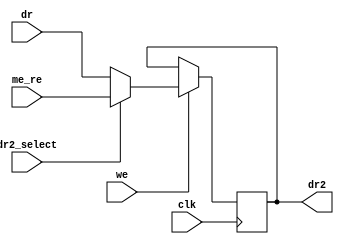
module data_register2(clk, we, dr, me_re, dr2_select, dr2);
   input clk, we;
   input [31:0] dr, me_re;
   input 	dr2_select;
   output reg [31:0] dr2;

   always @(posedge clk) begin
      if (we == 1'b1) begin
	 dr2 <= (dr2_select == 1'b0) ? dr : me_re;
      end
   end
endmodule